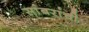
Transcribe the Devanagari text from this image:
सांबरांची